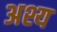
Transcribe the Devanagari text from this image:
अश्य